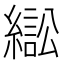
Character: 𦄸